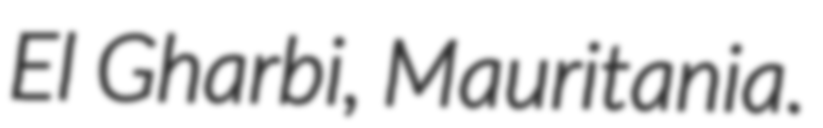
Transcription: El Gharbi, Mauritania.